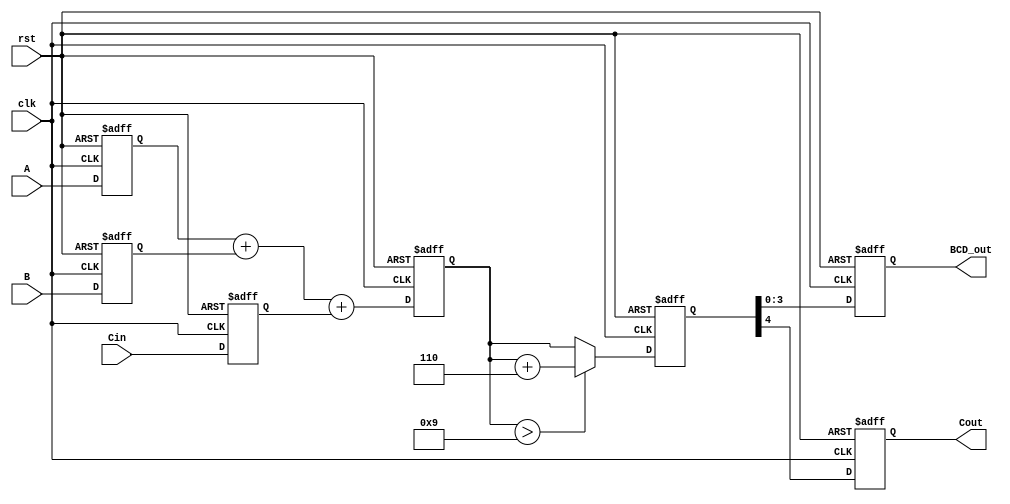
module bcd_pipelined_adder (
    input clk,
    input rst,
    input [3:0] A,      // BCD digit A
    input [3:0] B,      // BCD digit B
    input Cin,          // Carry-in
    output reg [3:0] BCD_out, // BCD result
    output reg Cout      // Carry-out
);

    // Internal signals
    reg [4:0] sum;      // 5-bit sum to accommodate carry
    reg [4:0] corrected_sum; // Corrected sum after BCD adjustment

    // Pipeline registers
    reg [3:0] A_reg, B_reg;
    reg Cin_reg;
    reg [4:0] sum_reg;

    // Input Stage
    always @(posedge clk or posedge rst) begin
        if (rst) begin
            A_reg <= 4'b0000;
            B_reg <= 4'b0000;
            Cin_reg <= 1'b0;
        end else begin
            A_reg <= A;
            B_reg <= B;
            Cin_reg <= Cin;
        end
    end

    // Adder Stage
    always @(posedge clk or posedge rst) begin
        if (rst) begin
            sum_reg <= 5'b00000;
        end else begin
            sum_reg <= A_reg + B_reg + Cin_reg;
        end
    end

    // Correction Logic
    always @(posedge clk or posedge rst) begin
        if (rst) begin
            corrected_sum <= 5'b00000;
        end else begin
            if (sum_reg > 5'd9) begin
                corrected_sum <= sum_reg + 5'b00110; // Add 6 in binary
            end else begin
                corrected_sum <= sum_reg;
            end
        end
    end

    // Output Stage
    always @(posedge clk or posedge rst) begin
        if (rst) begin
            BCD_out <= 4'b0000;
            Cout <= 1'b0;
        end else begin
            BCD_out <= corrected_sum[3:0]; // Take lower 4 bits as BCD result
            Cout <= corrected_sum[4];      // Take the 5th bit as carry-out
        end
    end

endmodule